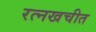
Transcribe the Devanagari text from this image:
रत्नखचीत